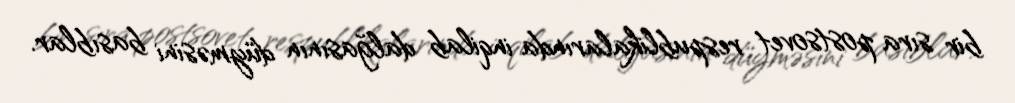
bir sıra postsovet respublikalarında inqilab dalğasının düyməsini basıblar.